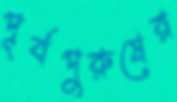
পূর্বপুরুষের